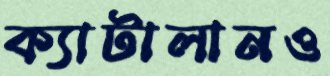
ক্যাটালানও